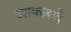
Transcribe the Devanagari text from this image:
इशकज़ादे